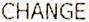
CHANGE